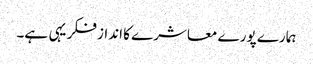
ہمارے پورے معاشرے کا انداز فکر یہی ہے۔